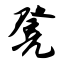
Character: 凳